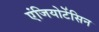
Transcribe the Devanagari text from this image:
एंजियोटेंसिन